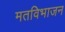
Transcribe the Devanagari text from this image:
मतविभाजन